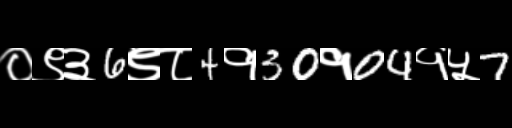
Text: ०९३6९८4१30१04१५7